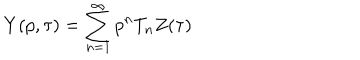
LaTeX: Y ( p , \tau ) = \sum _ { n = 1 } ^ { \infty } p ^ { n } T _ { n } Z ( \tau )